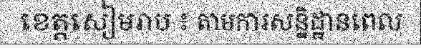
ខេត្តសៀមរាប ៖ តាមការសន្និដ្ឋានពេល